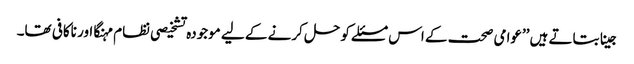
جینا بتاتے ہیں ’’عوامی صحت کے اس مسئلے کو حل کرنے کے لیے موجودہ تشخیصی نظام مہنگا اور ناکافی تھا۔